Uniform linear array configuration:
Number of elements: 64
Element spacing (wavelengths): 0.75
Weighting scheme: hamming
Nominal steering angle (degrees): -45
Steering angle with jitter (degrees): -44.953
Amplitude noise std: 0.05
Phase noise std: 0.05

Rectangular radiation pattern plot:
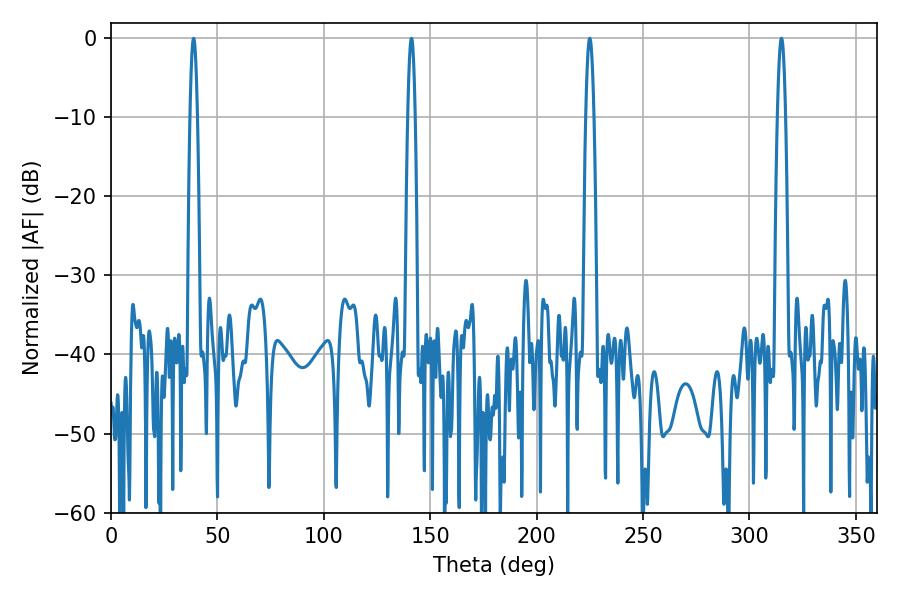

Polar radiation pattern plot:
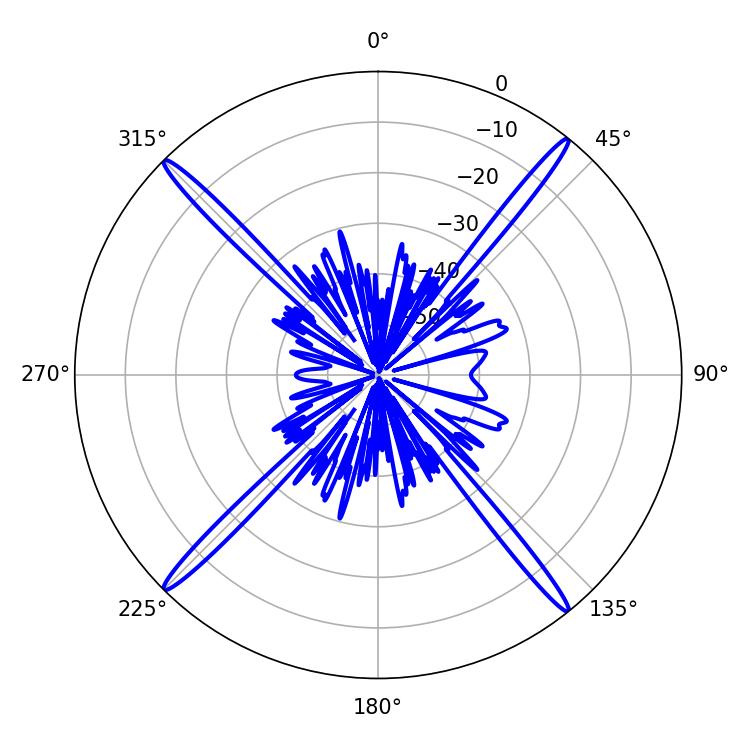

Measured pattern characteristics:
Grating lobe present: TRUE
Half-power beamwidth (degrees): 1.98
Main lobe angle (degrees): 225